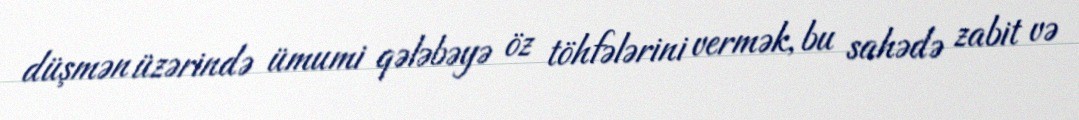
düşmən üzərində ümumi qələbəyə öz töhfələrini vermək, bu sahədə zabit və